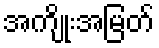
အကျိုးအမြတ်